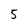
Character: 5